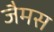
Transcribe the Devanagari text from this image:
जैमस